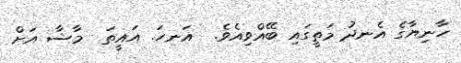
ހާނިޔާގެ އެނދު މަތީގައި ބޭއްވިއެވެ.  އަނހަ. އައީތަ  މާޝާ އަށް